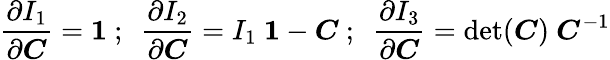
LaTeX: {\frac{\partial I_{1}}{\partial{\boldsymbol{C}}}}={\boldsymbol{\mathit{1}}}~;~~{\frac{\partial I_{2}}{\partial{\boldsymbol{C}}}}=I_{1}~{\boldsymbol{\mathit{1}}}-{\boldsymbol{C}}~;~~{\frac{\partial I_{3}}{\partial{\boldsymbol{C}}}}=\operatorname*{det}({\boldsymbol{C}})~{\boldsymbol{C}}^{-1}